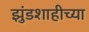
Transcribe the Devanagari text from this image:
झुंडशाहीच्या